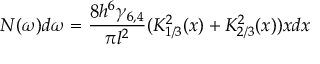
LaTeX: N ( \omega ) d \omega = \frac { 8 h ^ { 6 } \gamma _ { 6 , 4 } } { \pi l ^ { 2 } } ( K _ { 1 / 3 } ^ { 2 } ( x ) + K _ { 2 / 3 } ^ { 2 } ( x ) ) x d x